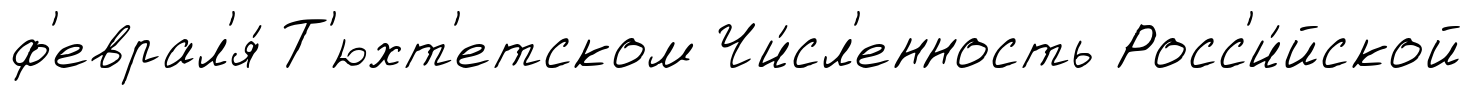
ф'еврал'я́ Т'юхт'етском Чи́сл'енность Росс'и́йской